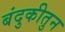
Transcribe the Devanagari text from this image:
बंदुकीतुन